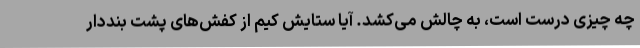
چه چیزی درست است، به چالش می‌کشد. آیا ستایش کیم از کفش‌های پشت بنددار